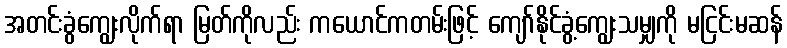
အတင်းခွံကျွေးလိုက်ရာ မြတ်ကိုလည်း ကယောင်ကတမ်းဖြင့် ကျော်နိုင်ခွံ့ကျွေးသမျှကို မငြင်းမဆန်